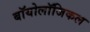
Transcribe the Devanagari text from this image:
बॉयोलॉजिकल